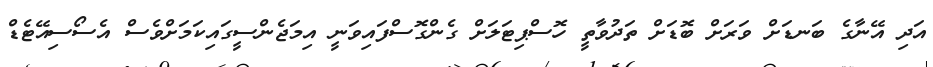
އަދި އޭނާގެ ބަނޑަށް ވަރަށް ބޮޑަށް ތަދުވާތީ ހޮސްޕިޓަލަށް ގެންގޮސްފައިވަނީ އިމަޖެންސީގައިކަމަށްވެސް އެސޯސިއޭޓެޑް